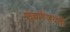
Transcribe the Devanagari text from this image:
सुवर्णजयंती